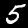
Label: 5